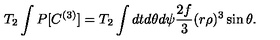
T _ { 2 } \int P [ C ^ { ( 3 ) } ] = T _ { 2 } \int d t d \theta d \psi \frac { 2 f } { 3 } ( r \rho ) ^ { 3 } \sin \theta .